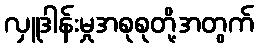
လှူဒါန်းမှုအစုစုတို့အတွက်